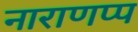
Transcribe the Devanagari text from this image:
नाराणप्प